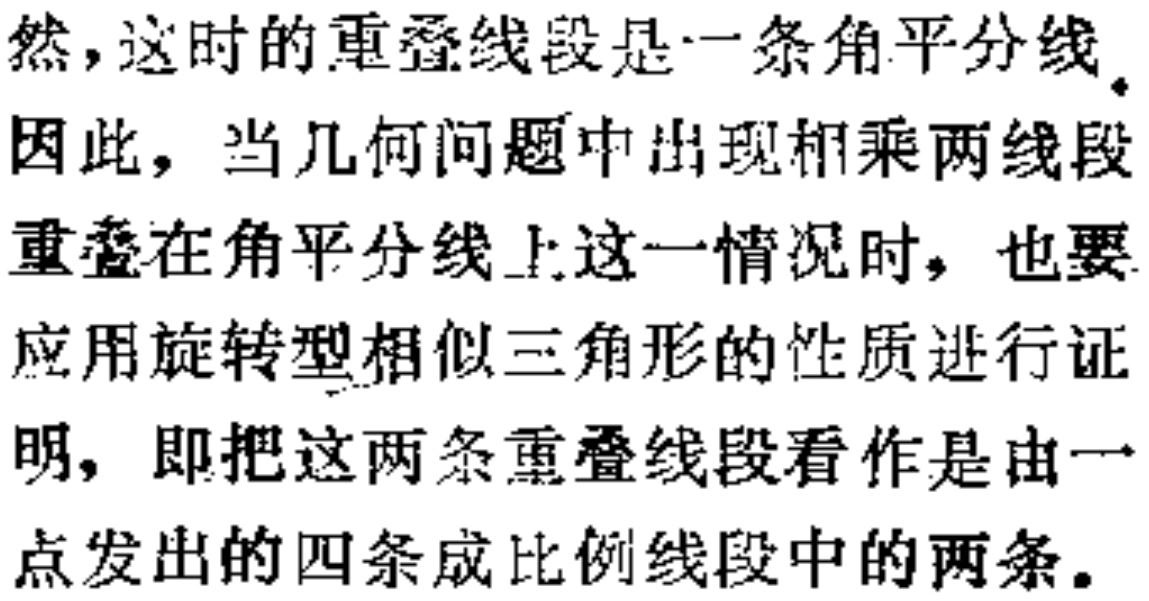
然，这时的重叠线段是一条角平分线。
因此，当几何问题中出现相乘两线段
重叠在角平分线上这一情况时，也要
应用旋转型相似三角形的性质进行证
明，即把这两条重叠线段看作是由一
点发出的四条成比例线段中的两条。